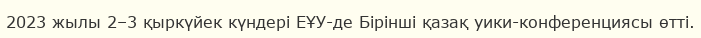
2023 жылы 2–3 қыркүйек күндері ЕҰУ-де Бірінші қазақ уики-конференциясы өтті.